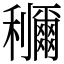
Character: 鿠